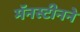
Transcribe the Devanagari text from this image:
मॅनस्टीनने